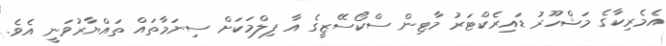
އެމެރިކާގެ މަޝްހޫރު ޑައިރެކްޓަރު މާޓިން ސްކޯސޭޒީގެ އާ ފިލްމަކަށް ސިނަމާތައް ތައްޔާރުވަނީ އެވެ.